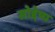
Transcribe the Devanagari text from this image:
सोद्देष्य